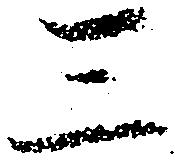
三